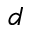
d